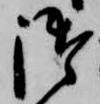
御